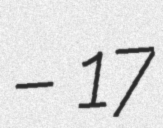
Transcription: – 17